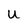
Character: U